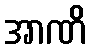
အာဏိ